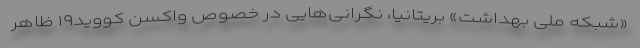
«شبکه ملی بهداشت» بریتانیا، نگرانی‌هایی در خصوص واکسن کووید۱۹ ظاهر